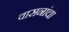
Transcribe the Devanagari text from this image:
वासनांचा